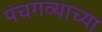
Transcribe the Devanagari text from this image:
पंचगव्याच्या